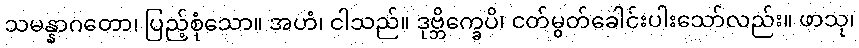
သမန္နာဂတော၊ ပြည့်စုံသော။ အဟံ၊ ငါသည်။ ဒုဗ္ဘိက္ခေပိ၊ ငတ်မွတ်ခေါင်းပါးသော်လည်း။ ဖာသု၊